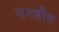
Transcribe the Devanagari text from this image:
पगडीत